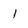
Character: l